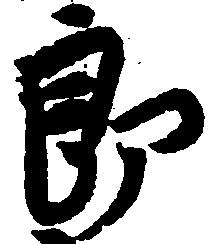
郎